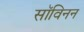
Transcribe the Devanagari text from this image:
सॉविनन